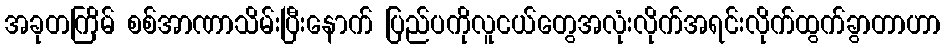
အခုတကြိမ် စစ်အာဏာသိမ်းပြီးနောက် ပြည်ပကိုလူငယ်တွေအလုံးလိုက်အရင်းလိုက်ထွက်ခွာတာဟာ